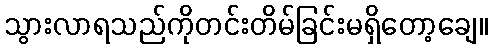
သွားလာရသည်ကိုတင်းတိမ်ခြင်းမရှိတော့ချေ။